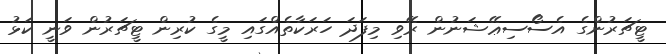
ޓީޗަރުންގެ އެސޯސިޢޭޝަނުން ރޭވި މިފަދަ ހަރަކާތެއްގައި މީގެ ކުރިން ޓީޗަރުން ވަނީ ކަޅު